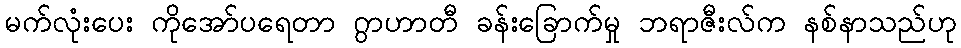
မက်လုံးပေး ကိုအော်ပရေတာ ဂွာဟာတီ ခန်းခြောက်မှု ဘရာဇီးလ်က နစ်နာသည်ဟု